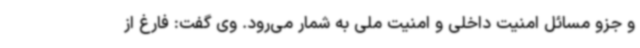
و جزو مسائل امنیت داخلی و امنیت ملی به شمار می‌رود. وی گفت: فارغ از